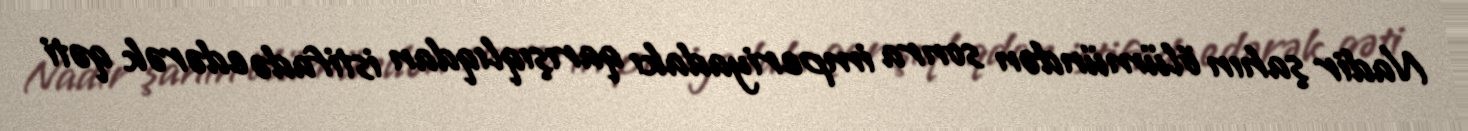
Nadir şahın ölümündən sonra imperiyadakı qarışıqlıqdan istifadə edərək qəti